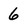
Character: 6